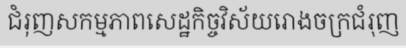
ជំរុញសកម្មភាពសេដ្ឋកិច្ចវិស័យរោងចក្រជំរុញ